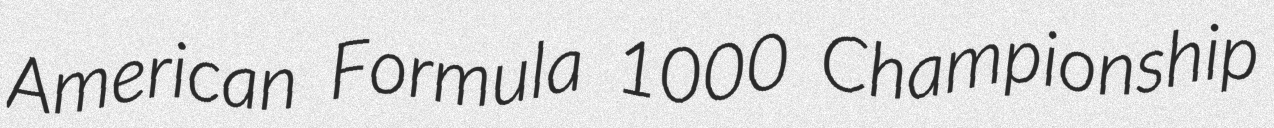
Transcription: American Formula 1000 Championship